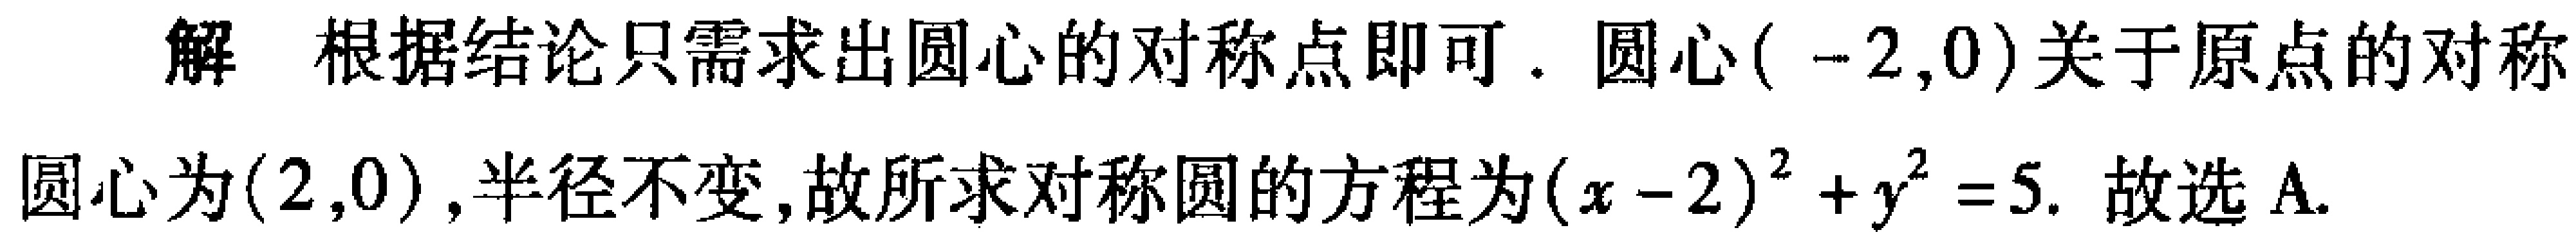
解 根据结论只需求出圆心的对称点即可. 圆心\((-2,0)\)关于原点的对称圆心为\((2,0)\),半径不变,故所求对称圆的方程为\((x - 2)^{2}+y^{2}=5\). 故选A.